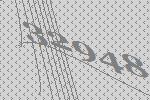
32948